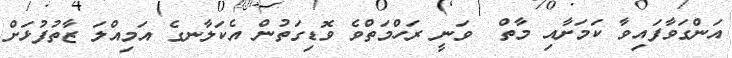
އަންގަވާފައިވާ ކަމަށާއި މާތް  ވަނީ ރަހްމަތްވެ ވޮޑިގަތުން އެކަލާނގެ އަމިއްލަ ޒާތުފުޅަށް